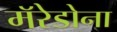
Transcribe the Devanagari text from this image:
मॅरेडोना